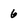
Character: 6